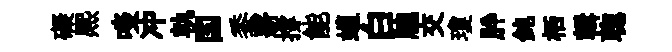
礙熈啖冲軌国黍薪撐能螘白牕交瓊肸鈍栖輯聦